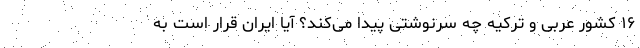
۱۶ کشور عربی و ترکیه چه سرنوشتی پیدا می‌کند؟ آیا ایران قرار است به